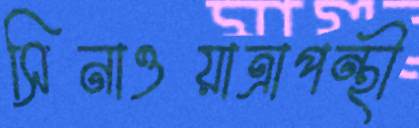
সিনাওয়াত্রাপন্থী